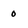
Character: 0